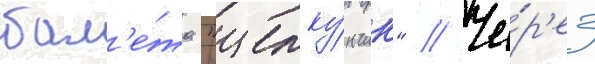
бал'е́та "щелку́нчик" // Че́р'ез